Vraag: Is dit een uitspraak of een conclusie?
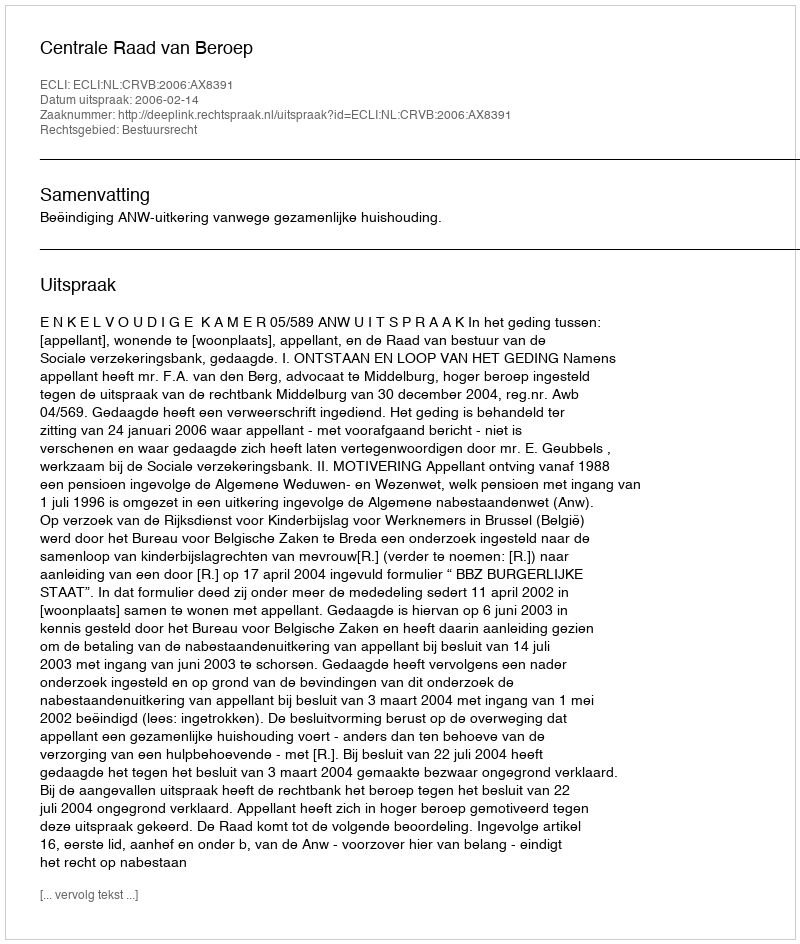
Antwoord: Uitspraak